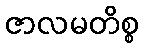
ဇာလမတိစ္စ